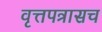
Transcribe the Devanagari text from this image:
वृत्तपत्रासच